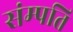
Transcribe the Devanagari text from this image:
संम्पति